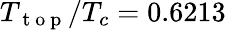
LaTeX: T_{\mathrm{~t~o~p~}}/T_{c}=0.6213